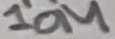
Text: 10M